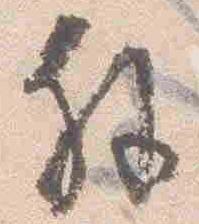
解